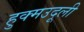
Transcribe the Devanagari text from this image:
हुक्मउदूली